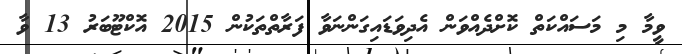
ވީމާ މި މަސައްކަތް ކޮށްދެއްވަން އެދިވަޑައިގަންނަވާ ފަރާތްތަކުން 2015 އޮކްޓޫބަރު 13 ވާ